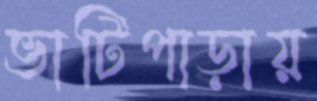
ভাটিপাড়ায়